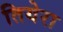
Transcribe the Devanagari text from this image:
तियेरा